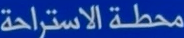
محطة الاستراحة